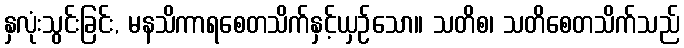
နှလုံးသွင်းခြင်း, မနသိကာရစေတသိက်နှင့်ယှဉ်သော။ သတိစ၊ သတိစေတသိက်သည်